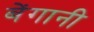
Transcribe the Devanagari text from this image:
बेंगानी